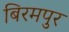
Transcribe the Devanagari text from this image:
बिरमपुर